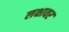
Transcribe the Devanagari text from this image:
लक्षावर